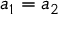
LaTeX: a _ { 1 } = a _ { 2 }